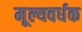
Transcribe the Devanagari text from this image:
मूल्यवर्धक